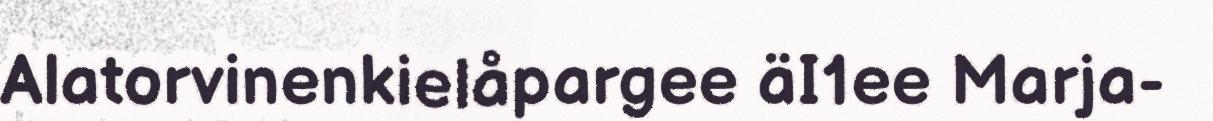
Alatorvinenkielåpargee äI1ee Marja-